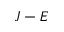
J - E